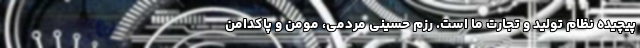
پیچیده نظام تولید و تجارت ما است. رزم حسینی مردمی، مومن و پاکدامن